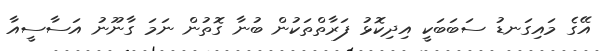
އޭގެ މައިގަނޑު ސަބަބަކީ އިދިކޮޅު ފަރާތްތަކުން ބުނާ ގޮތުން ނަމަ ގާނޫނު އަސާސީއާ